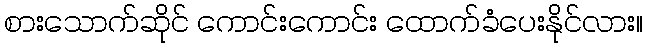
စားသောက်ဆိုင် ကောင်းကောင်း ထောက်ခံပေးနိုင်လား။